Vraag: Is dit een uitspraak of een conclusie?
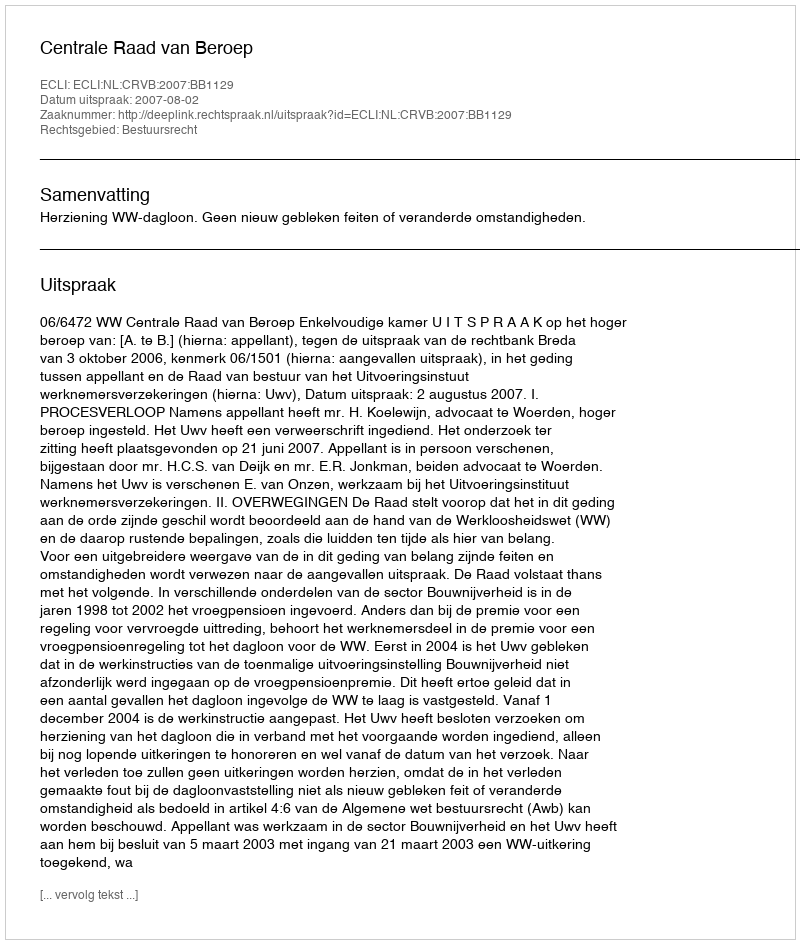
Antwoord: Uitspraak